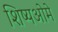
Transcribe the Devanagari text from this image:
शिष्यओमे